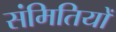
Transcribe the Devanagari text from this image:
संमितियों